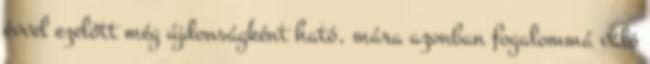
évvel ezelőtt még újdonságként ható, mára azonban fogalommá váló